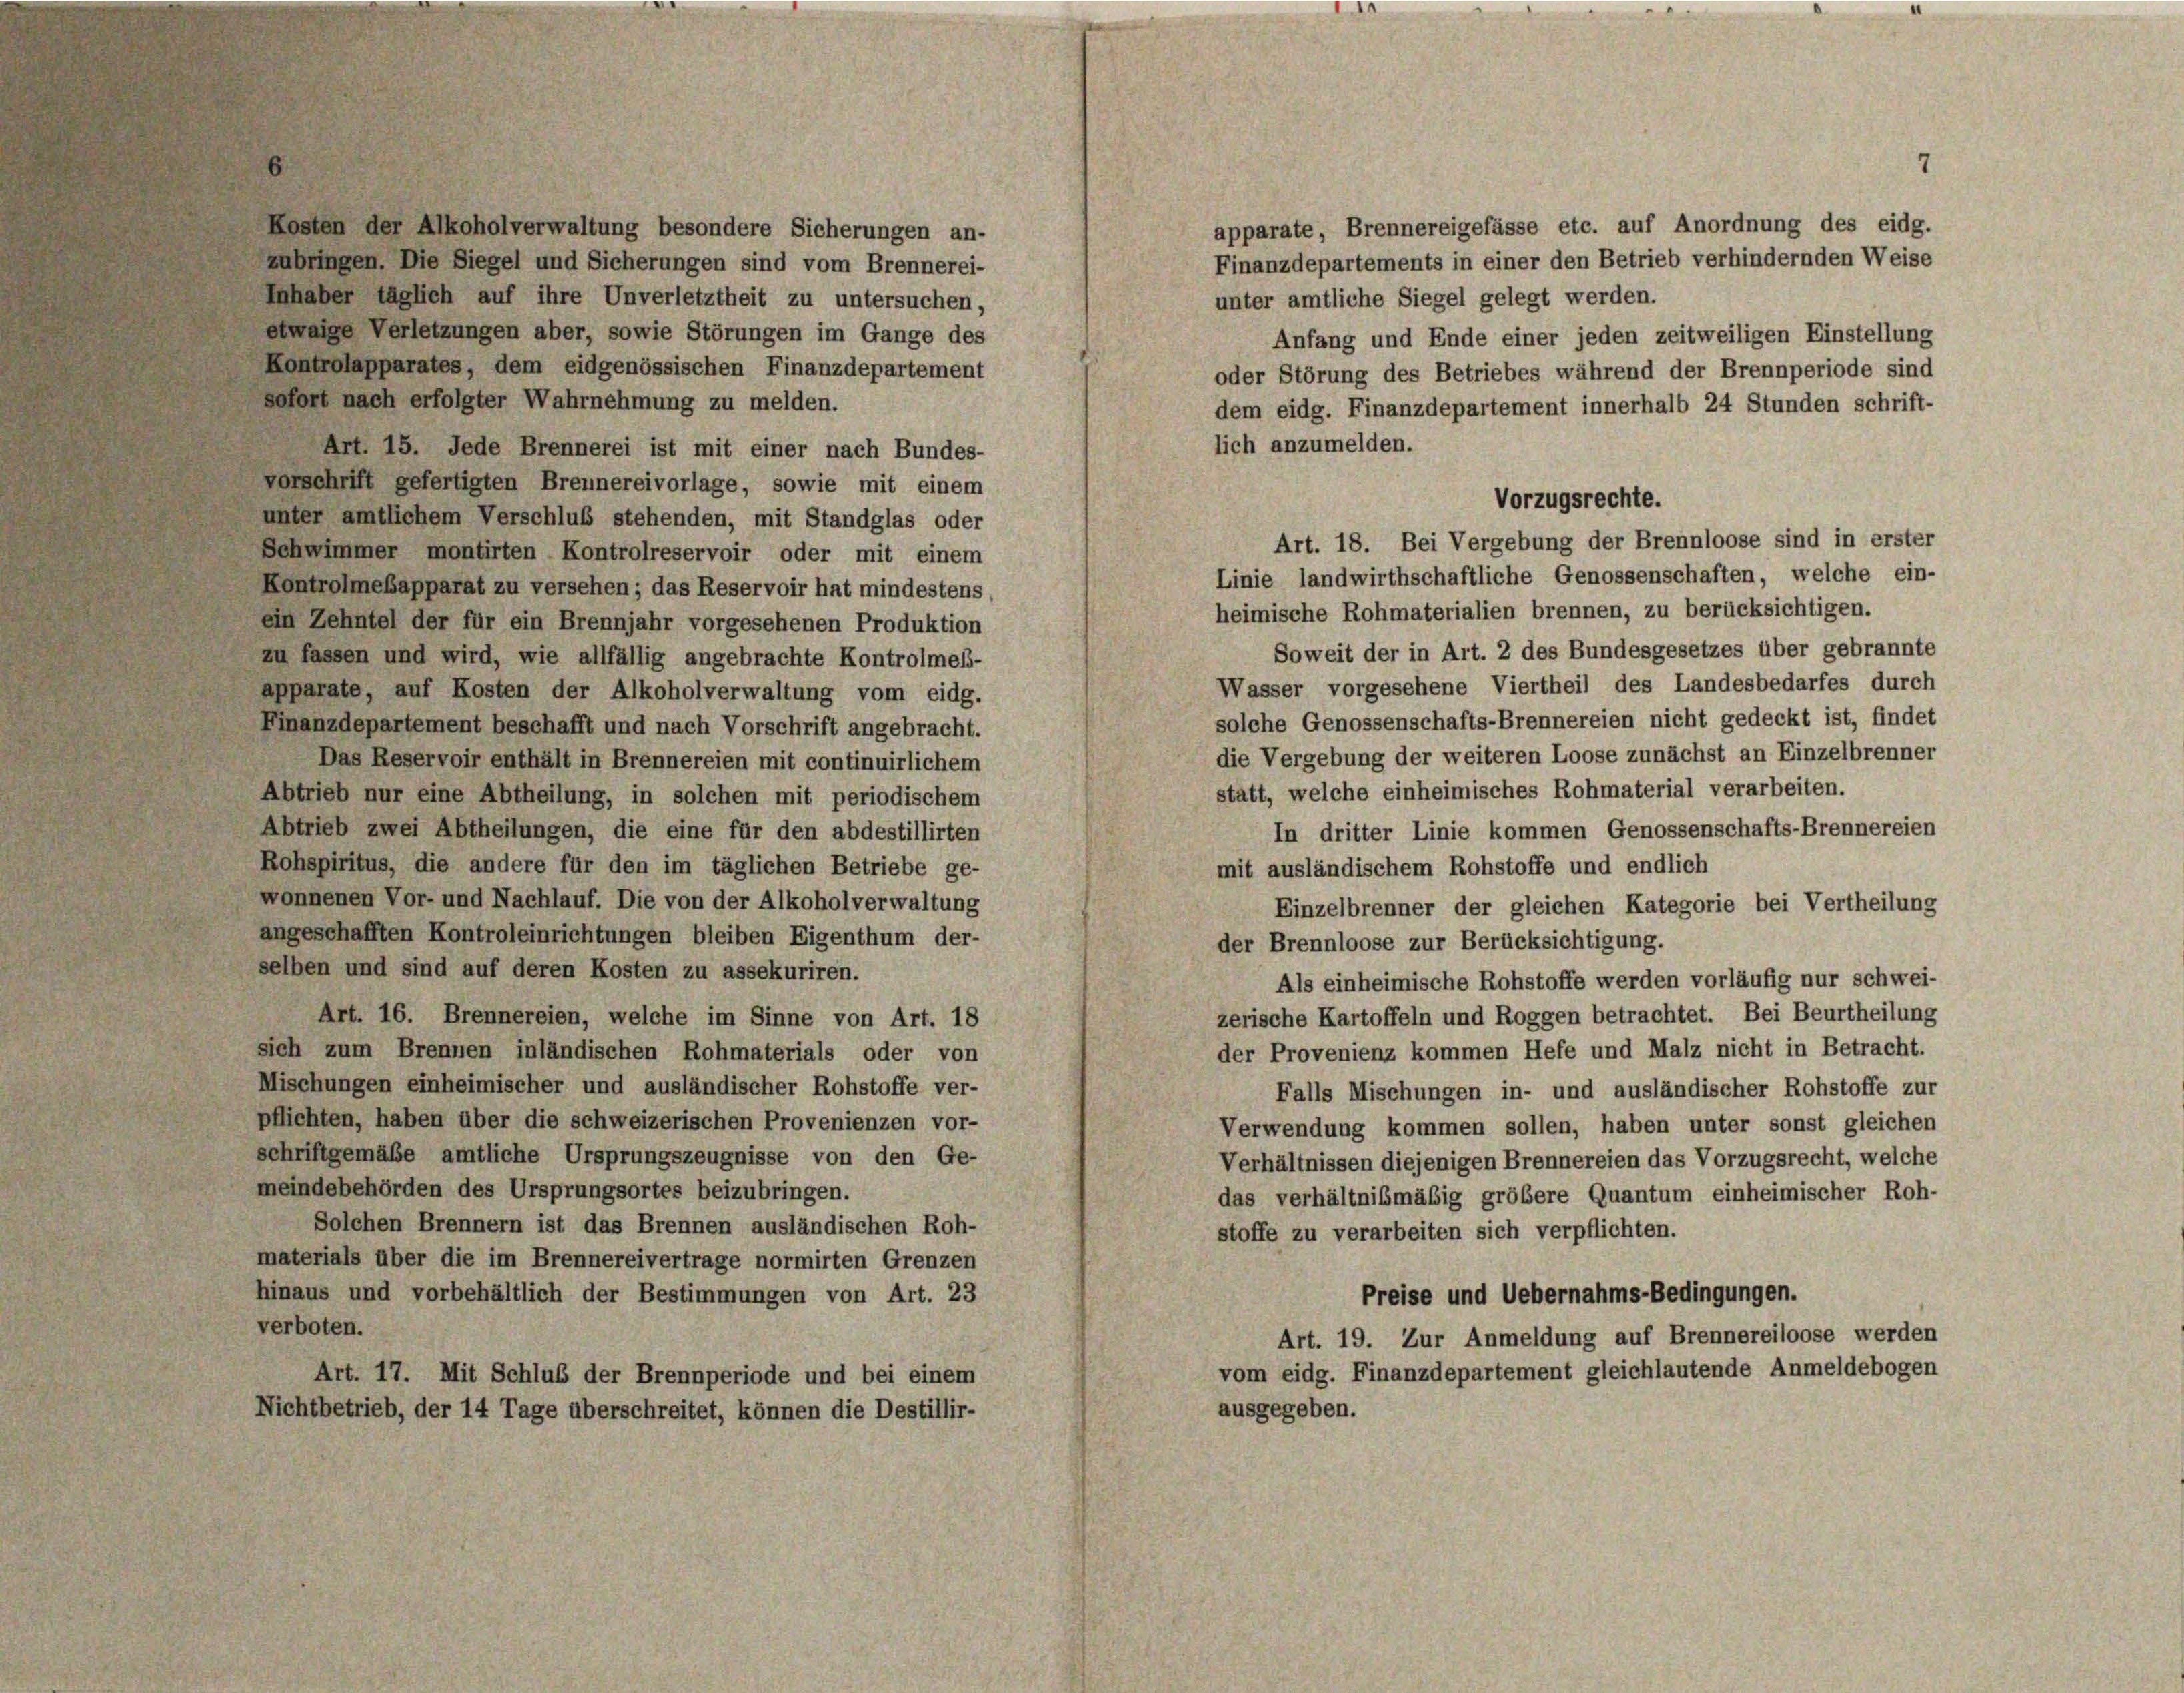
Kosten der Alkoholverwaltung besondere Sicherungen an-
zubringen. Die Siegel und Sicherungen sind vom Brennerei-
Inhaber täglich auf ihre Unverletztheit zu untersuchen,
etwaige Verletzungen aber, sowie Störungen im Gange des
Kontrolapparates, dem eidgenössischen Finanzdepartement
sofort nach erfolgter Wahrnehmung zu melden.
lich anzumelden.
Art. 15. Jede Brennerei ist mit einer nach Bundes-
vorschrift gefertigten Brennereivorlage, sowie mit einem
Vorzugsrechte.
unter amtlichem Verschluß stehenden, mit Standglas oder
Art. 18. Bei Vergebung der Brennloose sind in erster
Schwimmer montirten Kontrolreservoir oder mit einem
Linie landwirthschaftliche Genossenschaften, welche ein-
Kontrolmeßapparat zu versehen; das Reservoir hat mindestens,
heimische Rohmaterialien brennen, zu berücksichtigen.
ein Zehntel der für ein Brennjahr vorgesehenen Produktion
Soweit der in Art. 2 des Bundesgesetzes über gebrannte
zu fassen und wird, wie allfällig angebrachte Kontrolmeß-
Wasser vorgesehene Viertheil des Landesbedarfes durch
apparate, auf Kosten der Alkoholverwaltung vom eidg.
solche Genossenschafts-Brennereien nicht gedeckt ist, findet
Finanzdepartement beschafft und nach Vorschrift angebracht.
die Vergebung der weiteren Loose zunächst an Einzelbrenner
Das Reservoir enthält in Brennereien mit continuirlichem
statt, welche einheimisches Rohmaterial verarbeiten.
Abtrieb nur eine Abtheilung, in solchen mit periodischem
Abtrieb zwei Abtheilungen, die eine für den abdestillirten
In dritter Linie kommen Genossenschafts-Brennereien
Rohspiritus, die andere für den im täglichen Betriebe ge-
mit ausländischem Rohstoffe und endlich
wonnenen Vor- und Nachlauf. Die von der Alkoholverwaltung
Einzelbrenner der gleichen Kategorie bei Vertheilung
angeschafften Kontroleinrichtungen bleiben Eigenthum der-
der Brennloose zur Berücksichtigung.
selben und sind auf deren Kosten zu assekuriren.
Als einheimische Rohstoffe werden vorläufig nur schwei-
Art. 16. Brennereien, welche im Sinne von Art. 18
zerische Kartoffeln und Roggen betrachtet. Bei Beurtheilung
der Provenienz kommen Hefe und Malz nicht in Betracht.
sich zum Brennen inländischen Rohmaterials oder von
Mischungen einheimischer und ausländischer Rohstoffe ver-
Falls Mischungen in- und ausländischer Rohstoffe zur
pflichten, haben über die schweizerischen Provenienzen vor-
Verwendung kommen sollen, haben unter sonst gleichen
schriftgemäße amtliche Ursprungszeugnisse von den Ge-
Verhältnissen diejenigen Brennereien das Vorzugsrecht, welche
meindebehörden des Ursprungsortes beizubringen.
das verhältnismäßig größere Quantum einheimischer Roh-
Solchen Brennern ist das Brennen ausländischen Roh-
stoffe zu verarbeiten sich verpflichten.
materials über die im Brennereivertrage normirten Grenzen
hinaus und vorbehältlich der Bestimmungen von Art. 23
Preise und Uebernahms-Bedingungen.
verboten.
Art. 19. Zur Anmeldung auf Brennereiloose werden
vom eidg. Finanzdepartement gleichlautende Anmeldebogen
Art. 17. Mit Schluß der Brennperiode und bei einem
ausgegeben.
Nichtbetrieb, der 14 Tage überschreitet, können die Destillir-

apparate, Brennereigefässe etc. auf Anordnung des eidg.
Finanzdepartements in einer den Betrieb verhindernden Weise
unter amtliche Siegel gelegt werden.
Anfang und Ende einer jeden zeitweiligen Einstellung
oder Störung des Betriebes während der Brennperiode sind
dem eidg. Finanzdepartement innerhalb 24 Stunden schrift-